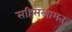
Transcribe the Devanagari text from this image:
सहिसलामत